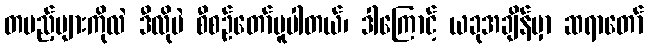
တပည့်များကိုလဲ ဒီလိုပဲ စီစဉ်တော်မူပါတယ်၊ ဒါကြောင့် ယခုအချိန်မှာ ဆရာတော်